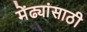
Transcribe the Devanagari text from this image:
मेंढ्यांसाठी